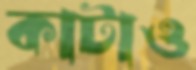
কাটাও